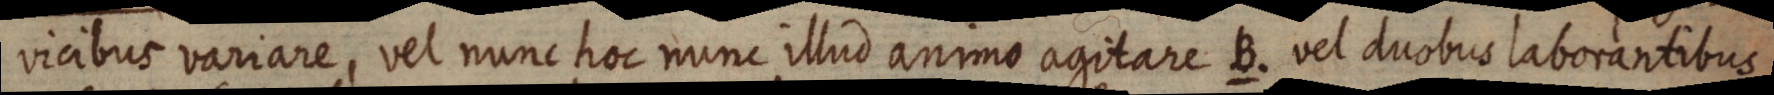
vicibus variare, vel nunc hoc nunc illud animo agitare B. vel duobus laborantibus